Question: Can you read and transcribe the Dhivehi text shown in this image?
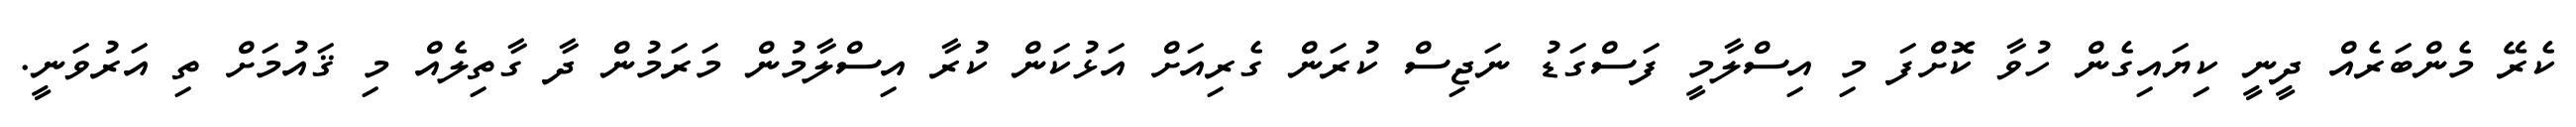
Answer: ކެރޭ މެންބަރެއް ދީނީ ކިޔައިގެން ހުވާ ކޮށްފަ މި އިސްލާމީ ފަސްގަޑު ނަޖިސް ކުރަން ގެރިއަށް އަޅުކަން ކުރާ އިސްލާމުން މަރަމުން ދާ ގާތިލެއް މި ޤައުމަށް ތި އަރުވަނީ.